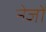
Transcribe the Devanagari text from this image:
नेजों